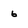
Character: 6